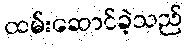
ထမ်းဆောင်ခဲ့သည်